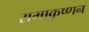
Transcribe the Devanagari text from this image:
रामाकृष्णन